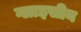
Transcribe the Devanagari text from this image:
ग्लाइसीन